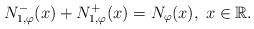
LaTeX: \begin{align*}N_{1,\varphi}^{-}(x) + N_{1,\varphi}^{+}(x) = N_{\varphi}(x), \; x\in {\mathbb R}.\end{align*}